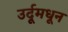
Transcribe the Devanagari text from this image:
उर्दूमधून